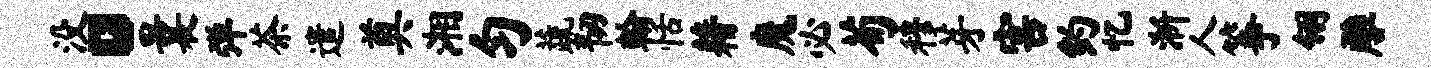
没。曩弹茶遣奠湘匀蔬韧翰恬藉魔必荀穆芽害约忆淅人筝翎雕